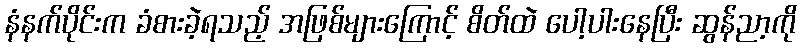
နံနက်ပိုင်းက ခံစားခဲ့ရသည့် အဖြစ်များကြောင့် စိတ်ထဲ ပေါ့ပါးနေပြီး ဆွန်ညာ့ကို